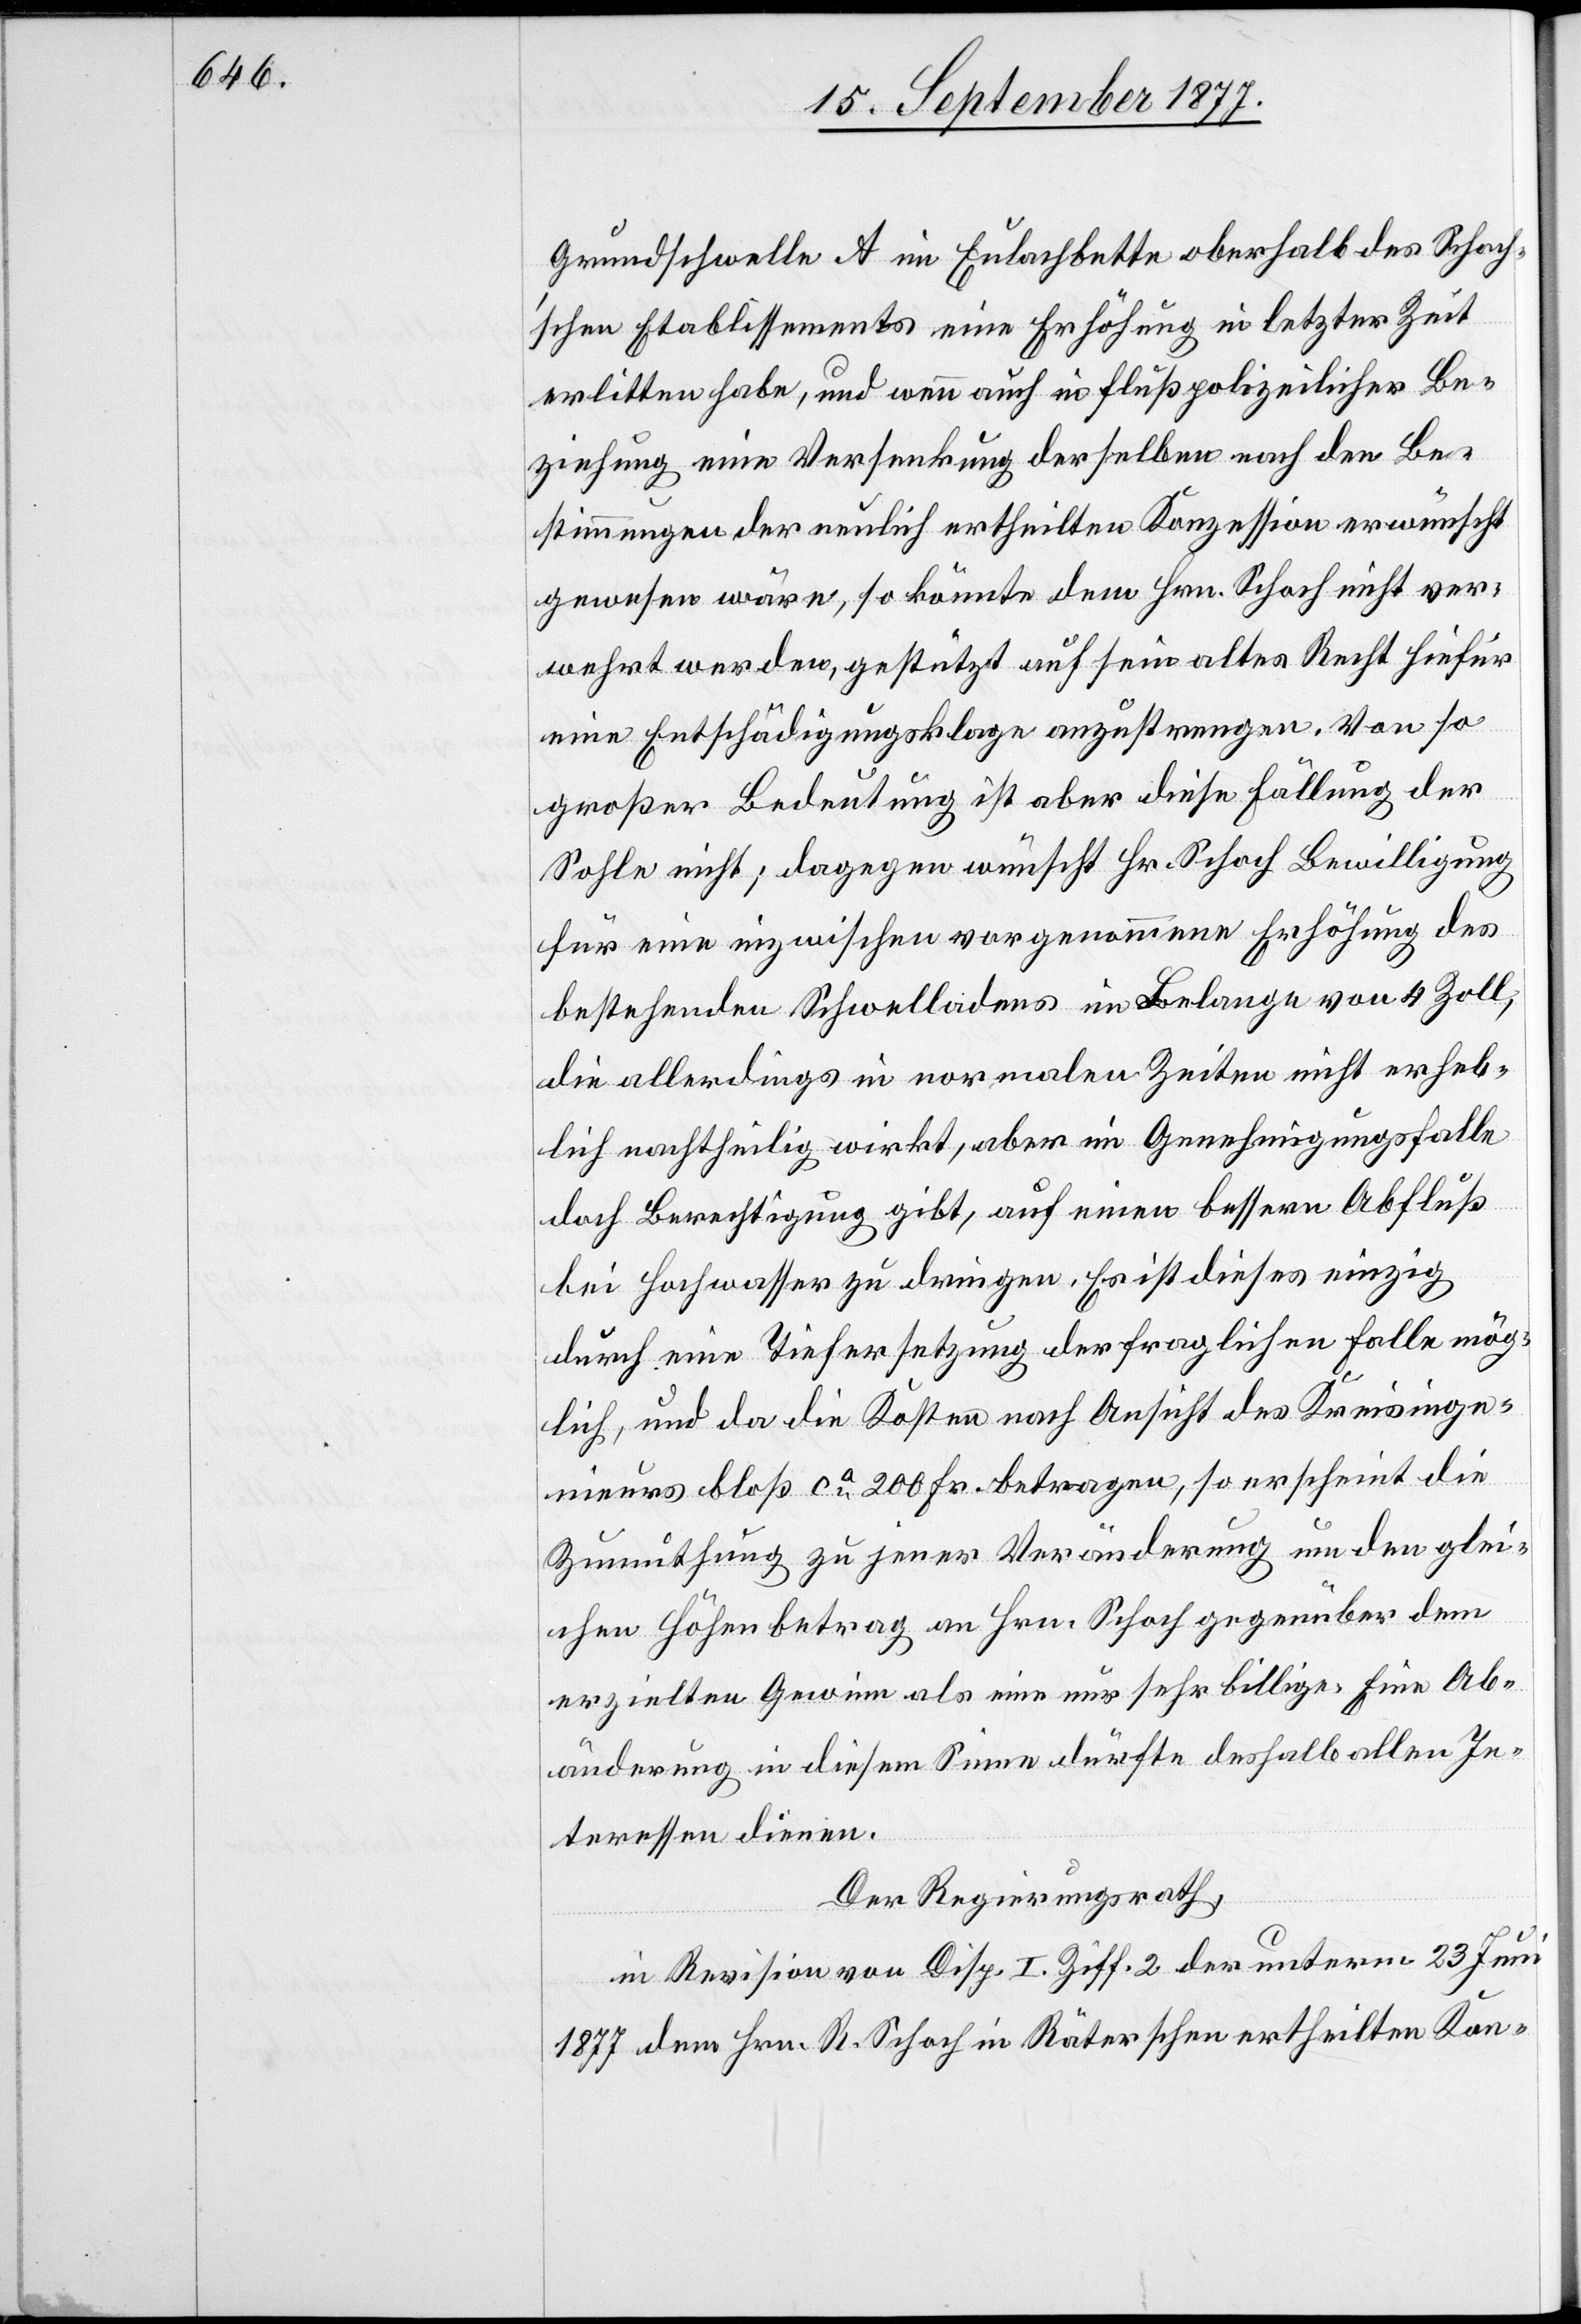
Grundschwelle A im Eulachbette oberhalb des Schoc¬
h’schen Etablissements eine Erhöhung in letzter Zeit
erlitten habe, und wenn auch in flußpolizeilicher Be¬
ziehung eine Versenkung derselben nach den Be¬
stimmungen der neulich ertheilten Konzession erwünscht
gewesen wäre, so könnte dem Hrn. Schoch nicht ver¬
wehrt werden, gestützt auf sein altes Recht hiefür
eine Entschädigungsklage anzustrengen. Von so
großer Bedeutung ist aber diese Fällung der
Sohle nicht; dagegen wünscht Hr. Schoch Bewilligung
für eine inzwischen vorgenommene Erhöhung des
bestehenden Schwelladens im Belange von 4 Zoll,
die allerdings in normalen Zeiten nicht erheb¬
lich nachtheilig wirkt, aber im Genehmigungsfalle
doch Berechtigung gibt, auf einen bessern Abfluß
bei Hochwasser zu dringen. Es ist dieses einzig
durch eine Tiefersetzung der fraglichen Falle mög¬
lich, und da die Kosten nach Ansicht des Kreisinge¬
nieurs bloß ca 200 Fr. betragen, so erscheint die
Zumuthung zu jener Veränderung um den glei¬
chen Höhenbetrag an Hrn. Schoch gegenüber dem
erzielten Gewinn als eine nur sehr billige. Eine Ab¬
änderung in diesem Sinne dürfte deshalb allen In¬
teressen dienen.
Der Regierungsrath,
in Revision von Disp. I Ziff. 2 der unterm 23 Juni
1877 dem Hrn. R. Schoch in Räterschen ertheilten Kon-